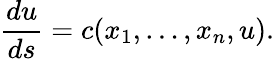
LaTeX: {\frac{du}{ds}}=c(x_{1},\dots,x_{n},u).